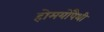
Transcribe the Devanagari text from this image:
होमयोपैथी